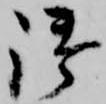
御